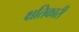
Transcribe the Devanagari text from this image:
क्षतिकारी